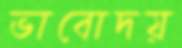
ভাবোদয়